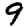
Digit: 9